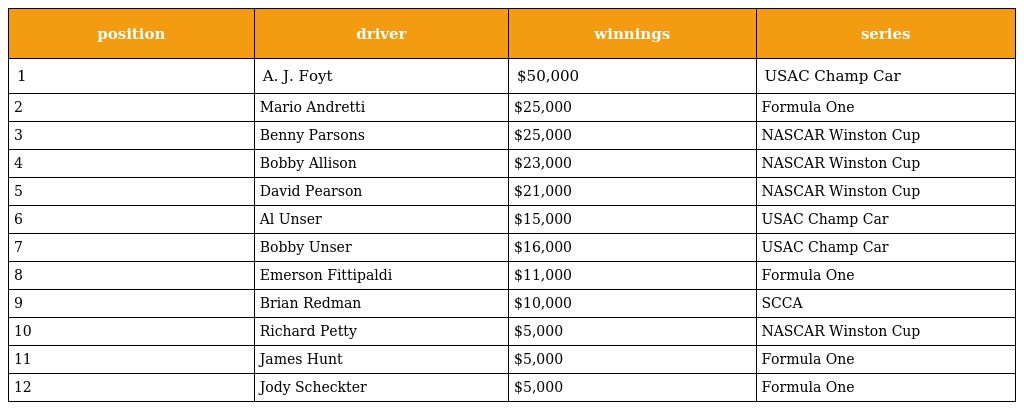
| position | driver | winnings | series |
 | --- | --- | --- | --- |
 | 1 | A. J. Foyt | $50,000 | USAC Champ Car |
 | 2 | Mario Andretti | $25,000 | Formula One |
 | 3 | Benny Parsons | $25,000 | NASCAR Winston Cup |
 | 4 | Bobby Allison | $23,000 | NASCAR Winston Cup |
 | 5 | David Pearson | $21,000 | NASCAR Winston Cup |
 | 6 | Al Unser | $15,000 | USAC Champ Car |
 | 7 | Bobby Unser | $16,000 | USAC Champ Car |
 | 8 | Emerson Fittipaldi | $11,000 | Formula One |
 | 9 | Brian Redman | $10,000 | SCCA |
 | 10 | Richard Petty | $5,000 | NASCAR Winston Cup |
 | 11 | James Hunt | $5,000 | Formula One |
 | 12 | Jody Scheckter | $5,000 | Formula One |